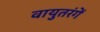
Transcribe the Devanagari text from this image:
वायुतरंगें